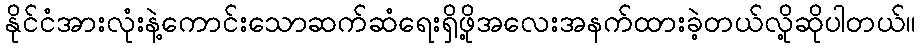
နိုင်ငံအားလုံးနဲ့ကောင်းသောဆက်ဆံရေးရှိဖို့အလေးအနက်ထားခဲ့တယ်လို့ဆိုပါတယ်။